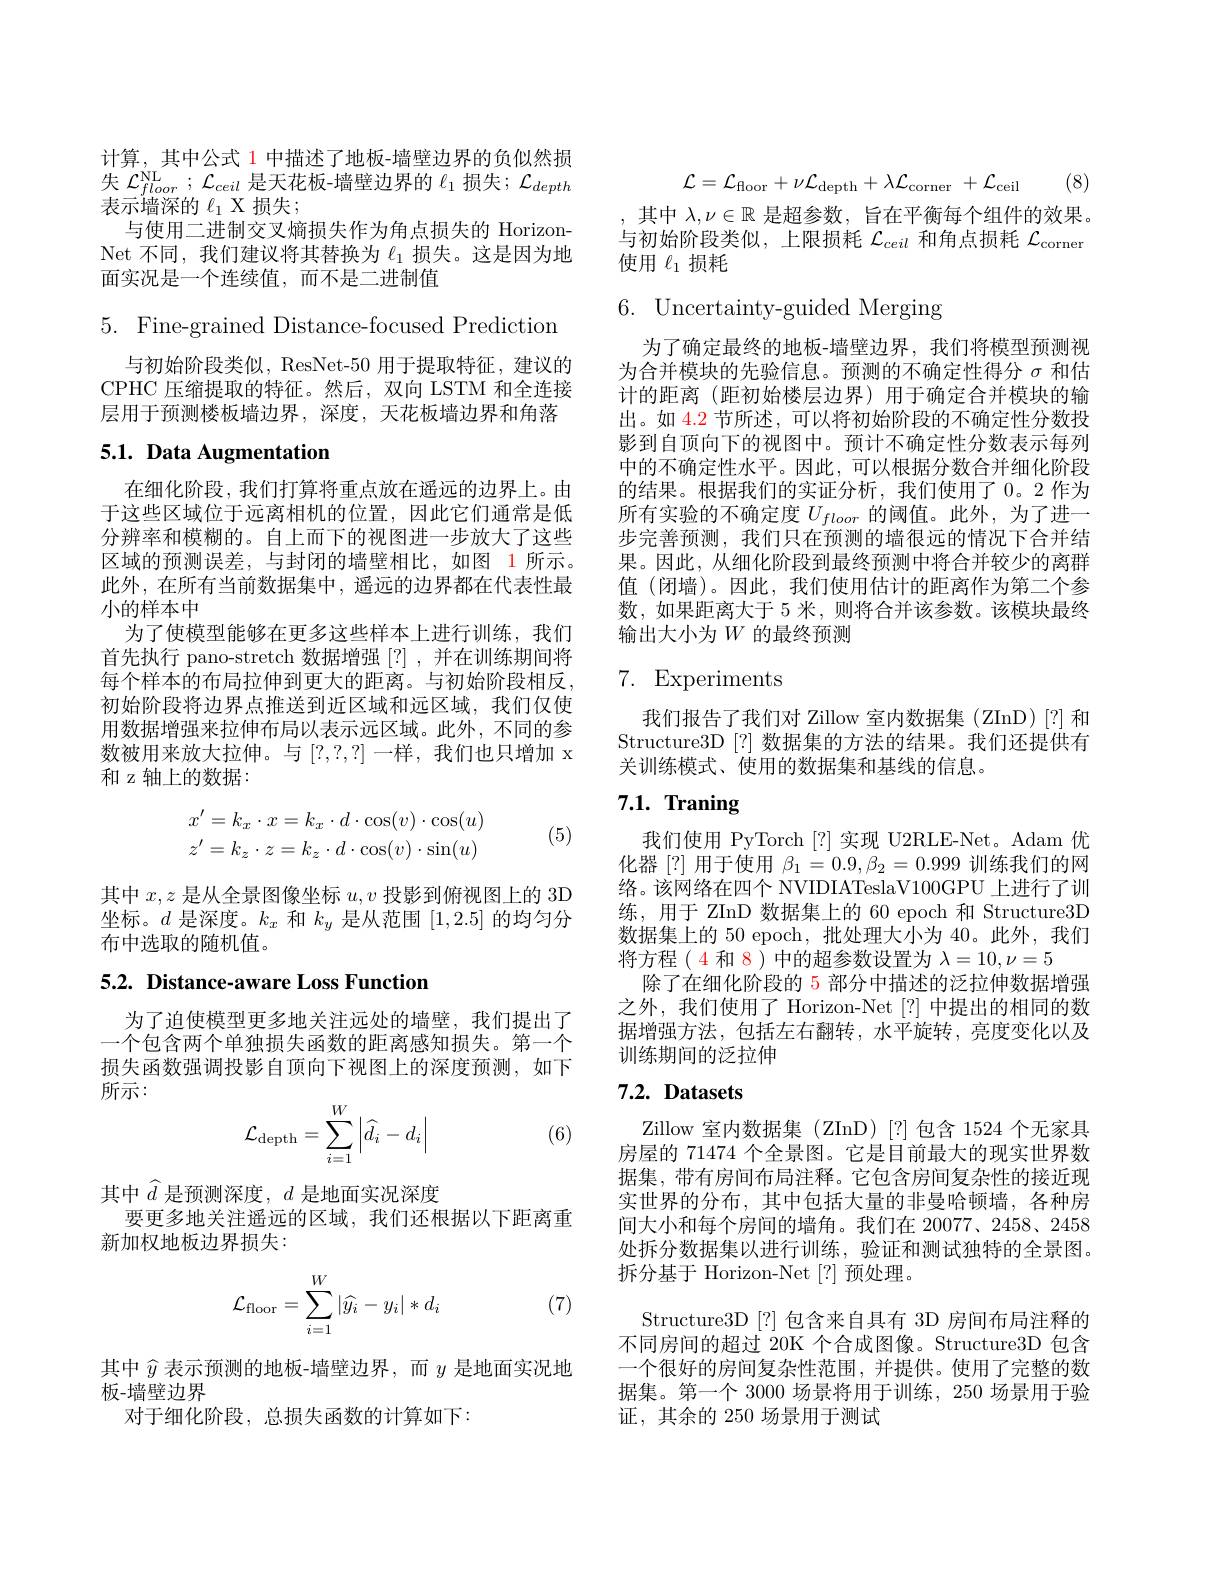
计算，其中公式 1 中描述了地板-墙壁边界的负似然损失$\mathcal{L} _floor^{\mathrm{NL}}$ $; \mathcal{L} _{ceil}$是天花板-墙壁边界的$\ell_1$损失；$\mathcal{L}_depth$ 表示墙深的$\ell_1$ X 损失；
与使用二进制交叉熵损失作为角点损失的 HorizonNet 不同 , 我们建议将其替换为$\ell_1$损失。这是因为地面实况是一个连续值，而不是二进制值

5. Fine-grained Distance-focused Prediction

与初始阶段类似，ResNet-50 用于提取特征，建议的CPHC 压缩提取的特征。然后，双向 LSTM 和全连接层用于预测楼板墙边界，深度，天花板墙边界和角落

## 5.1. Data Augmentation

在细化阶段，我们打算将重点放在遥远的边界上。由于这些区域位于远离相机的位置，因此它们通常是低分辨率和模糊的。自上而下的视图进一步放大了这些区域的预测误差，与封闭的墙壁相比，如图 1 所示。此外，在所有当前数据集中，遥远的边界都在代表性最小的样本中
为了使模型能够在更多这些样本上进行训练，我们首先执行 pano-stretch 数据增强 [?] , 并在训练期间将每个样本的布局拉伸到更大的距离。与初始阶段相反初始阶段将边界点推送到近区域和远区域，我们仅使用数据增强来拉伸布局以表示远区域。此外，不同的参数被用来放大拉伸。与[?,?,?]一样，我们也只增加 x 和 z 轴上的数据：
$$\begin{array}{l}x'=k_x\cdot x=k_x\cdot d\cdot\cos(v)\cdot\cos(u)\\z'=k_z\cdot z=k_z\cdot d\cdot\cos(v)\cdot\sin(u)\end{array}$$
(5)

其中$x,z$是从全景图像坐标$u,v$投影到俯视图上的 3D 坐标。$d$是深度。$k_x$和$k_y$是从范围[1,2.5]的均匀分布中选取的随机值。

5.2. Distance-aware Loss Function

为了迫使模型更多地关注远处的墙壁，我们提出了一个包含两个单独损失函数的距离感知损失。第一个损失函数强调投影自顶向下视图上的深度预测，如下所示：
$$\mathcal{L}_{\text{depth}}=\sum_{i=1}^{W}\left|\widehat{d}_{i}-d_{i}\right|$$
(6)

其中$\widehat{d}$ 是预测深度，$d$ 是地面实况深度
要更多地关注遥远的区域，我们还根据以下距离重
新加权地板边界损失：
$$\mathcal{L}_{\mathrm{floor}}=\sum\limits_{i=1}^W|\widehat{y_i}-y_i|*d_i$$
(7)

其中$\widehat{y}$表示预测的地板-墙壁边界，而$y$是地面实况地
板-墙壁边界
对于细化阶段，总损失函数的计算如下：
$$\mathcal{L}=\mathcal{L}_{\mathrm{floor}}+\nu\mathcal{L}_{\mathrm{depth}}+\lambda\mathcal{L}_{\mathrm{corner}}\:+\mathcal{L}_{\mathrm{ceil}}$$
(8)

,其中$\lambda,\nu\in\mathbb{R}$是超参数，旨在平衡每个组件的效果。与初始阶段类似，上限损耗$\mathcal{L}_ceil$和角点损耗$\mathcal{L}_\mathrm{corner}$ 使用$\ell_1$损耗

6. Uncertainty-guided Merging

为了确定最终的地板-墙壁边界，我们将模型预测视为合并模块的先验信息。预测的不确定性得分$\sigma$和估计的距离 (距初始楼层边界)用于确定合并模块的输出。如 4.2 节所述，可以将初始阶段的不确定性分数投影到自顶向下的视图中。预计不确定性分数表示每列中的不确定性水平。因此，可以根据分数合并细化阶段的结果。根据我们的实证分析，我们使用了 0。2 作为所有实验的不确定度$U_{floor}$的阈值。此外，为了进一步完善预测，我们只在预测的墙很远的情况下合并结果。因此，从细化阶段到最终预测中将合并较少的离群值 (闭墙)。因此，我们使用估计的距离作为第二个参数，如果距离大于 5 米，则将合并该参数。该模块最终输出大小为$W$ 的最终预测

# 7. Experiments

我们报告了我们对 Zillow 室内数据集 (ZInD)[?] 和Structure3D[?] 数据集的方法的结果。我们还提供有关训练模式、使用的数据集和基线的信息。

# $7. 1. \textbf{ Traning}$

我们使用 PyTorch[?]实现 U2RLE-Net。Adam 优化器[?]用于使用$\beta_1=0.9,\beta_2=0.999$训练我们的网络。该网络在四个 NVIDIATeslaV100GPU 上进行了训练，用于 ZInD 数据集上的 60 epoch 和 Structure3D 数据集上的 50 epoch, 批处理大小为 40。此外，我们将方程(4 和 8) 中的超参数设置为$\lambda=10,\nu=5$
除了在细化阶段的 5 部分中描述的泛拉伸数据增强之外，我们使用了 Horizon-Net[?] 中提出的相同的数据增强方法，包括左右翻转，水平旋转，亮度变化以及训练期间的泛拉伸

## $7. 2. \textbf{ Datasets}$

Zillow 室内数据集 (ZInD)[?]包含 1524 个无家具房屋的 71474 个全景图。它是目前最大的现实世界数据集，带有房间布局注释。它包含房间复杂性的接近现实世界的分布，其中包括大量的非曼哈顿墙，各种房间大小和每个房间的墙角。我们在 20077、2458、2458处拆分数据集以进行训练，验证和测试独特的全景图。拆分基于 Horizon-Net [?] 预处理。
Structure3D [?] 包含来自具有 3D 房间布局注释的不同房间的超过 20K 个合成图像。Structure3D 包含一个很好的房间复杂性范围，并提供。使用了完整的数据集。第一个 3000 场景将用于训练，250 场景用于验证，其余的 250 场景用于测试